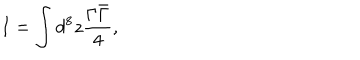
LaTeX: I = \int d ^ { 8 } z \frac { \Gamma \bar { \Gamma } } { 4 } ,